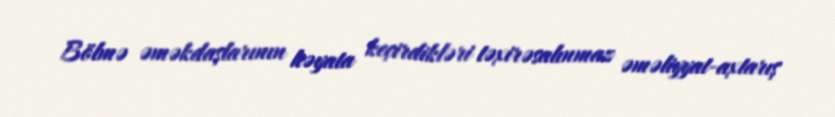
Bölmə əməkdaşlarının həyata keçirdikləri təxirəsalınmaz əməliyyat-axtarış